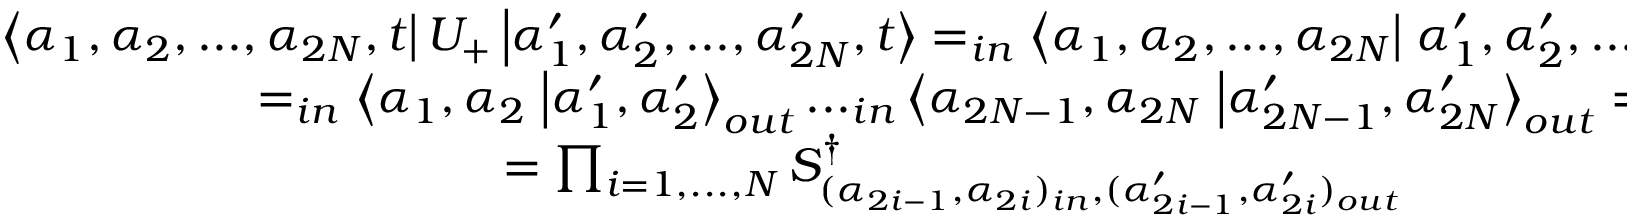
\begin{array} { c } { { \displaystyle \left\langle \alpha _ { 1 } , \alpha _ { 2 } , . . . , \alpha _ { 2 N } , t \right| U _ { + } \left| \alpha _ { 1 } ^ { \prime } , \alpha _ { 2 } ^ { \prime } , . . . , \alpha _ { 2 N } ^ { \prime } , t \right\rangle = _ { i n } \left\langle \alpha _ { 1 } , \alpha _ { 2 } , . . . , \alpha _ { 2 N } \right| \left. \alpha _ { 1 } ^ { \prime } , \alpha _ { 2 } ^ { \prime } , . . . , \alpha _ { 2 N } ^ { \prime } \right\rangle _ { o u t } = } } \\ { { = _ { i n } \left\langle \alpha _ { 1 } , \alpha _ { 2 } \right. \left| \alpha _ { 1 } ^ { \prime } , \alpha _ { 2 } ^ { \prime } \right\rangle _ { o u t } . . . _ { i n } \left\langle \alpha _ { 2 N - 1 } , \alpha _ { 2 N } \right. \left| \alpha _ { 2 N - 1 } ^ { \prime } , \alpha _ { 2 N } ^ { \prime } \right\rangle _ { o u t } = } } \\ { { = \prod _ { i = 1 , . . . , N } S _ { ( \alpha _ { 2 i - 1 } , \alpha _ { 2 i } ) _ { i n } , ( \alpha _ { 2 i - 1 } ^ { \prime } , \alpha _ { 2 i } ^ { \prime } ) _ { o u t } } ^ { \dagger } } } \end{array}